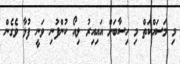
މި މަސައްކަތް މި ހިސާބަށް އައިއިރު ލިއޯ ކުންފުނި ވަނީ ފުޅާ ވެގެން